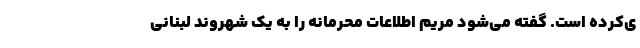
ی‌کرده است. گفته می‌شود مریم اطلاعات محرمانه را به یک شهروند لبنانی